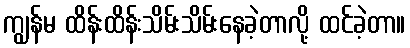
ကျွန်မ ထိန်းထိန်းသိမ်းသိမ်းနေခဲ့တာလို့ ထင်ခဲ့တာ။